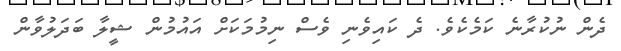
ދެން ނުކުރާނެ ކަމެކެވެ. ދެ ކައިވެނި ވެސް ނިމުމަކަށް އައުމުން ޝީލާ ބަދަލުވާން